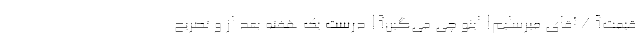
قیمت؟ / آقای میرسلیم! اینو چی می‌گین؟! درست یک هفته بعد از و تصریح